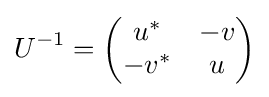
U^{-1}={\begin{pmatrix}u^{*}&-v\\-v^{*}&u\end{pmatrix}}